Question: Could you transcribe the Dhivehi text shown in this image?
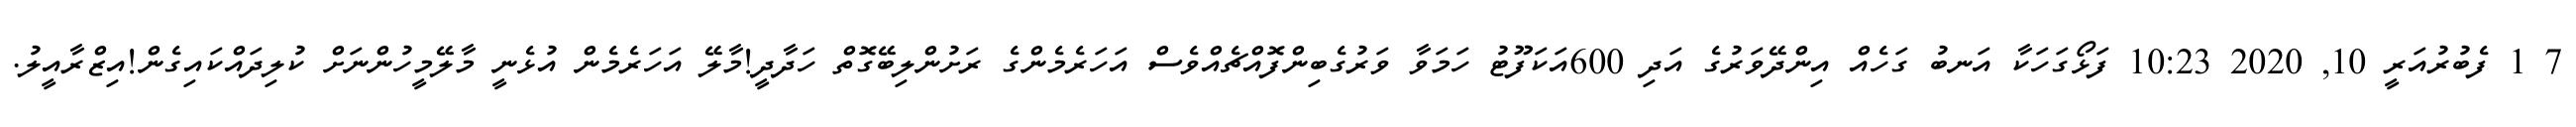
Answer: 7 1 ފެބުރުއަރީ 10, 2020 10:23 ފަޅޯގަހަކާ އަނބު ގަހެއް އިންދޭވަރުގެ އަދި 600އަކަފޫޓު ހަމަވާ ވަރުގެބިންފޮއްޗެއްވެސް އަހަރެމެންގެ ރަށުންލިބޭގޮތް ހަދާދީ!މާލޭ އަހަރެމެން އުޅެނީ މާލޭމީހުންނަށް ކުލިދައްކައިގެން!އިޒްރާއީލު.